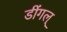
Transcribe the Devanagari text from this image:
डींगल्